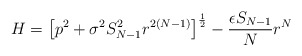
\begin{align*} H=\left[ p^2+\sigma^2S_{N-1}^2r^{2(N-1)}\right]^{\frac 12}-\frac{\epsilon S_{N-1}}{N}r^N\end{align*}